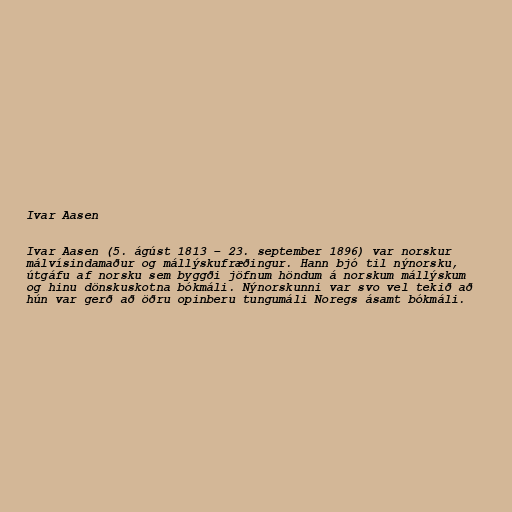
Ivar Aasen

Ivar Aasen (5. ágúst 1813 – 23. september 1896) var norskur
málvísindamaður og mállýskufræðingur. Hann bjó til nýnorsku,
útgáfu af norsku sem byggði jöfnum höndum á norskum mállýskum
og hinu dönskuskotna bókmáli. Nýnorskunni var svo vel tekið að
hún var gerð að öðru opinberu tungumáli Noregs ásamt bókmáli.